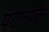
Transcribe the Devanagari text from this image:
पटनाके